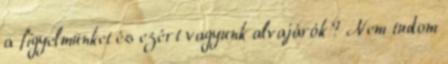
a figyelmünket és ezért vagyunk alvajárók ? Nem tudom